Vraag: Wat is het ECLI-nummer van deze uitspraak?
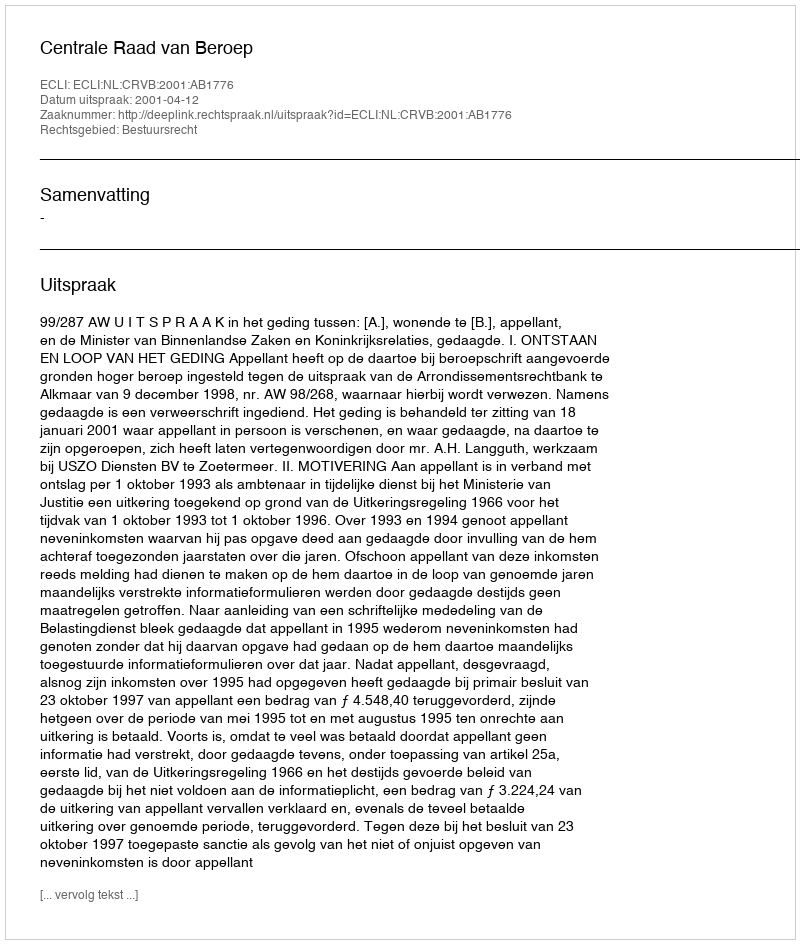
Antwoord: ECLI:NL:CRVB:2001:AB1776